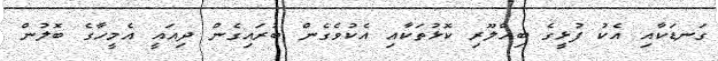
ގަނޑަކާއި އެކު ފުޅީގެ ބިއްލޫރި ކޮޅުތަކާއި އެކުވެގެން ބުރައިގެން ދިއައީ އެމީހާގެ ބޮލުން